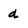
Character: d